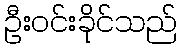
ဦးဝင်းခိုင်သည်